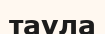
таула